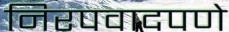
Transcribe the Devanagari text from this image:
निरपवादपणे